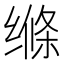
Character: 𮶃